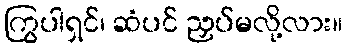
ကြွပါရှင်၊ ဆံပင် ညှပ်မလို့လား။